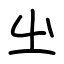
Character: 㞢